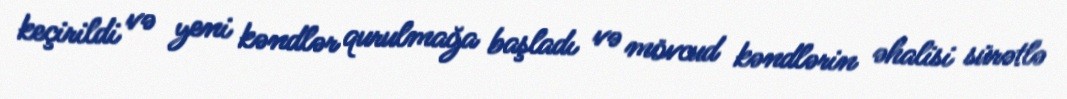
keçirildi və yeni kəndlər qurulmağa başladı və mövcud kəndlərin əhalisi sürətlə